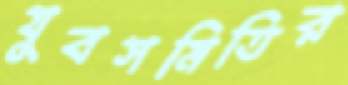
যুবসমিতির